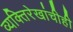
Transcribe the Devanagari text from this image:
व्यक्तिरेखांचीही